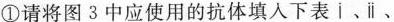
①请将图3中应使用的抗体填入下表i、ii、